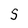
Character: S